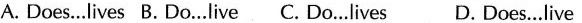
A.Does…lives B. Do…live C. Do..Lives D.Does.Live